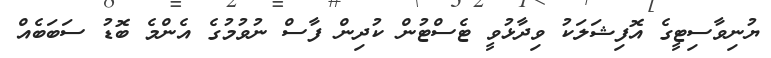
ޔުނިވާސިޓީގެ އޮފިޝަލަކު ވިދާޅުވީ ޓެސްޓުން ކުދިން ފާސް ނުވުމުގެ އެންމެ ބޮޑު ސަބަބެއް